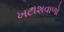
ખટાશવાળો